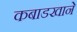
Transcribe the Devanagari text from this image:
कबाडखाने